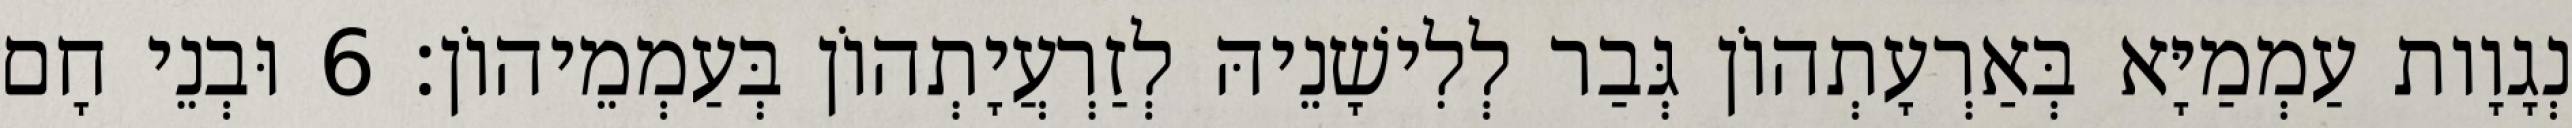
נְגָוָות עַמְמַיָּא בְּאַרְעָתְהוֹן גְּבַר לְלִישָׁנֵיהּ לְזַרְעֲיָתְהוֹן בְּעַמְמֵיהוֹן׃ 6 וּבְנֵי חָם